Annual administration report of the Bombay Presidency - 1887-1892
Year: 1887
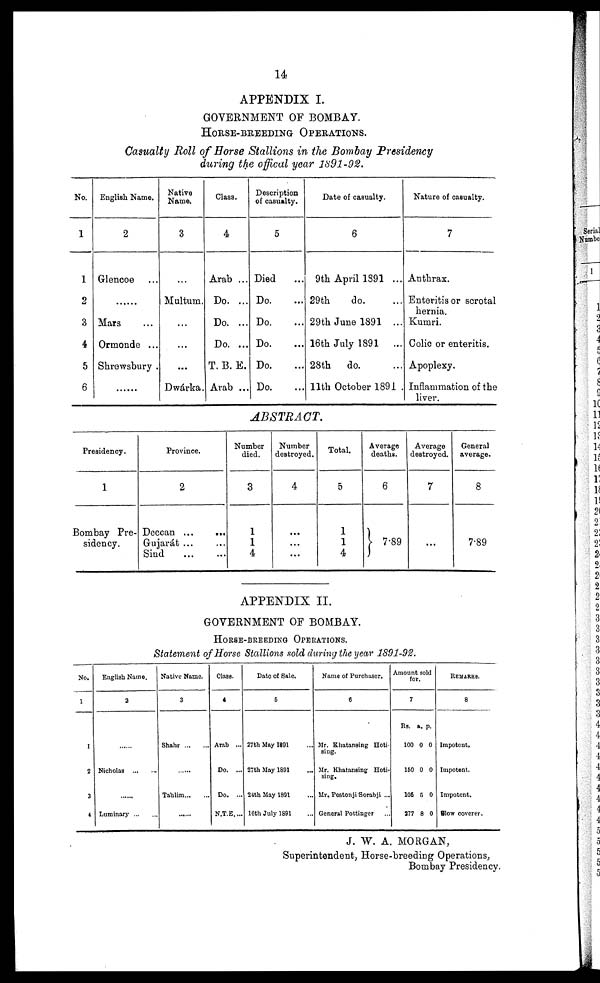
14
APPENDIX I.
GOVERNMENT OF BOMBAY.
HORSE-BREEDING OPERATIONS.
Casualty Roll of Horse Stallions in the Bombay Presidency
during the offical year 1891-92.
No.
1
1
2
3
4
5
6
English Name.
2
Glencoe ...
... ...
Mars ...
Ormonde ...
Shrewsbury .
......
Native
Name.
3
...
Multum.
...
...
...
Dwárka.
Class.
4
Arab ...
Do. ...
Do. ...
Do. ...
T. B. E.
Arab ...
Description
of casualty.
5
Died ...
Do. ...
Do. ...
Do. ...
Do. ...
Do. ...
Date of casualty.
6
9th April 1891 ...
29th
do. ...
29th June 1891 ...
16th July 1891 ...
28th
do. ...
11th October 1891
Nature of casualty.
7
Anthrax.
Enteritis or scrotal
hernia.
Kumri.
Colic or enteritis.
Apoplexy.
Inflammation of the
liver.
ABSTRACT.
Presidency.
1
Bombay Pre-
sidency.
Province.
2
Deccan ... ...
Gujarát ... ...
Sind ... ...
Number
died.
3
1
1
4
Number
destroyed.
4
...
...
...
Total.
5
1
1
4
Average
deaths.
6
7.89
Average
destroyed.
7
...
General
average.
8
7.89
APPENDIX II.
GOVERNMENT OF BOMBAY.
HORSE-BREEDING OPERATIONS.
Statement of Horse Stallions sold during the year 1891-92.
No.
1
1
2
3
4
English Name.
2
......
Nicholas ...
......
Luminary ...
Native Nome.
3
Shahr ... ...
Tahlim ... ...
Class.
4
Arab ...
Do. ...
Do. ...
N.T.E ....
Date of Sale.
6
37th May 1191 ...
27th May 1891 ...
24th May 1891 ...
16th July 1891 ...
Name of Purchaser.
6
Mr. Khatansing Hoti
sing.
Mr. Khatansing Hoti-
sing.
Mr. Pestonji Sorabji ...
General Pottinger ...
Amount sold
for
7
Rs.
100
150
106
277
a.
0
0
6
8
p.
0
0
0
0
REMARKS.
8
Impotent.
Impotent.
Impotent.
Slow coverer.
J. W. A. MORGAN,
Superintendent, Horse-breeding Operations,
Bombay Presidency.